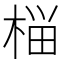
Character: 𰗶